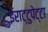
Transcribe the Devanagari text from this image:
ईराट्टुपेट्टा